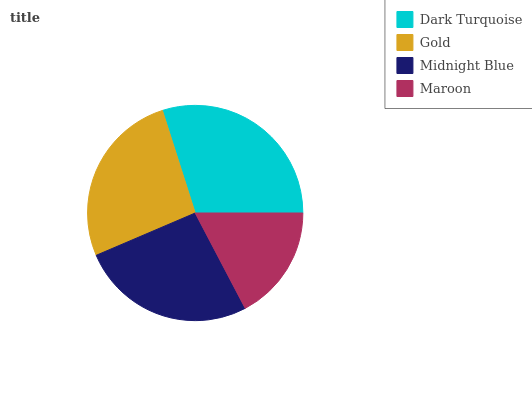
| Dark Turquoise | Gold | Midnight Blue | Maroon |
 | --- | --- | --- | --- |
 | 29.9% | 26.6% | 26.2% | 17.3% |